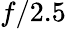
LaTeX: f/2.5